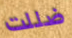
ضللت